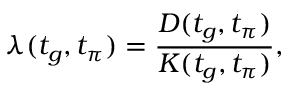
\lambda ( t _ { g } , t _ { \pi } ) = \frac { D ( t _ { g } , t _ { \pi } ) } { K ( t _ { g } , t _ { \pi } ) } ,